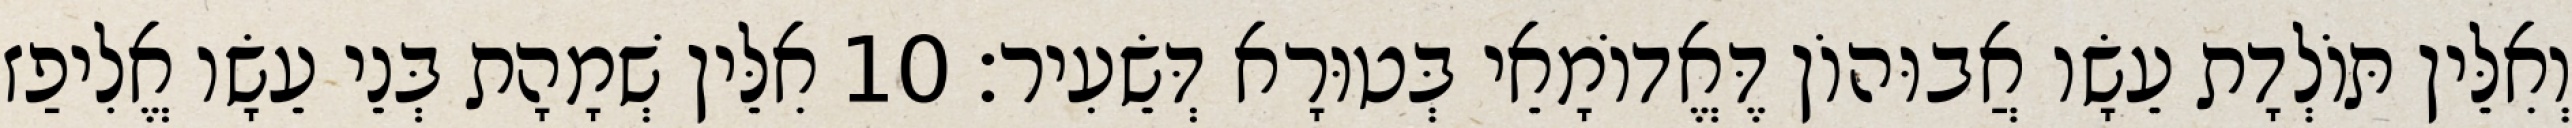
וְאִלֵּין תּוֹלְדָת עֵשָׂו אֲבוּהוֹן דֶּאֱדוֹמָאֵי בְּטוּרָא דְּשֵׂעִיר׃ 10 אִלֵּין שְׁמָהָת בְּנֵי עֵשָׂו אֱלִיפַז